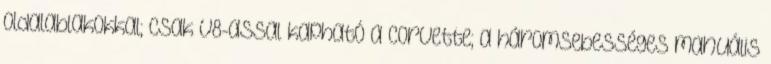
oldalablakokkal; csak V8-assal kapható a Corvette; a háromsebességes manuális